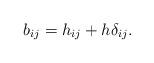
LaTeX: \begin{align*}b_{ij}=h_{ij}+h\delta_{ij}.\end{align*}